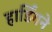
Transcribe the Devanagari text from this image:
हार्डिंगने